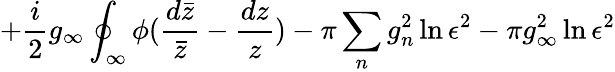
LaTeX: +\frac{i}{2}g_{\infty}\oint_{\infty}\phi(\frac{d\bar{z}}{\bar{z}}-\frac{dz}{z})-\pi\sum_{n}g_{n}^{2}\ln\epsilon^{2}-\pi g_{\infty}^{2}\ln\epsilon^{2}